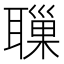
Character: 𦗔